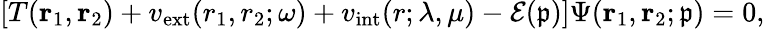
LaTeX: \left[T(\mathbf{r}_{1},\mathbf{r}_{2})+v_{\mathrm{ext}}(r_{1},r_{2};\omega)+v_{\mathrm{int}}(r;\lambda,\mu)-\mathcal{E}(\mathfrak{p})\right]\Psi(\mathbf{r}_{1},\mathbf{r}_{2};\mathfrak{p})=0,